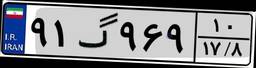
۹۱گ۹۶۹۱۰